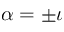
\alpha = \pm \iota